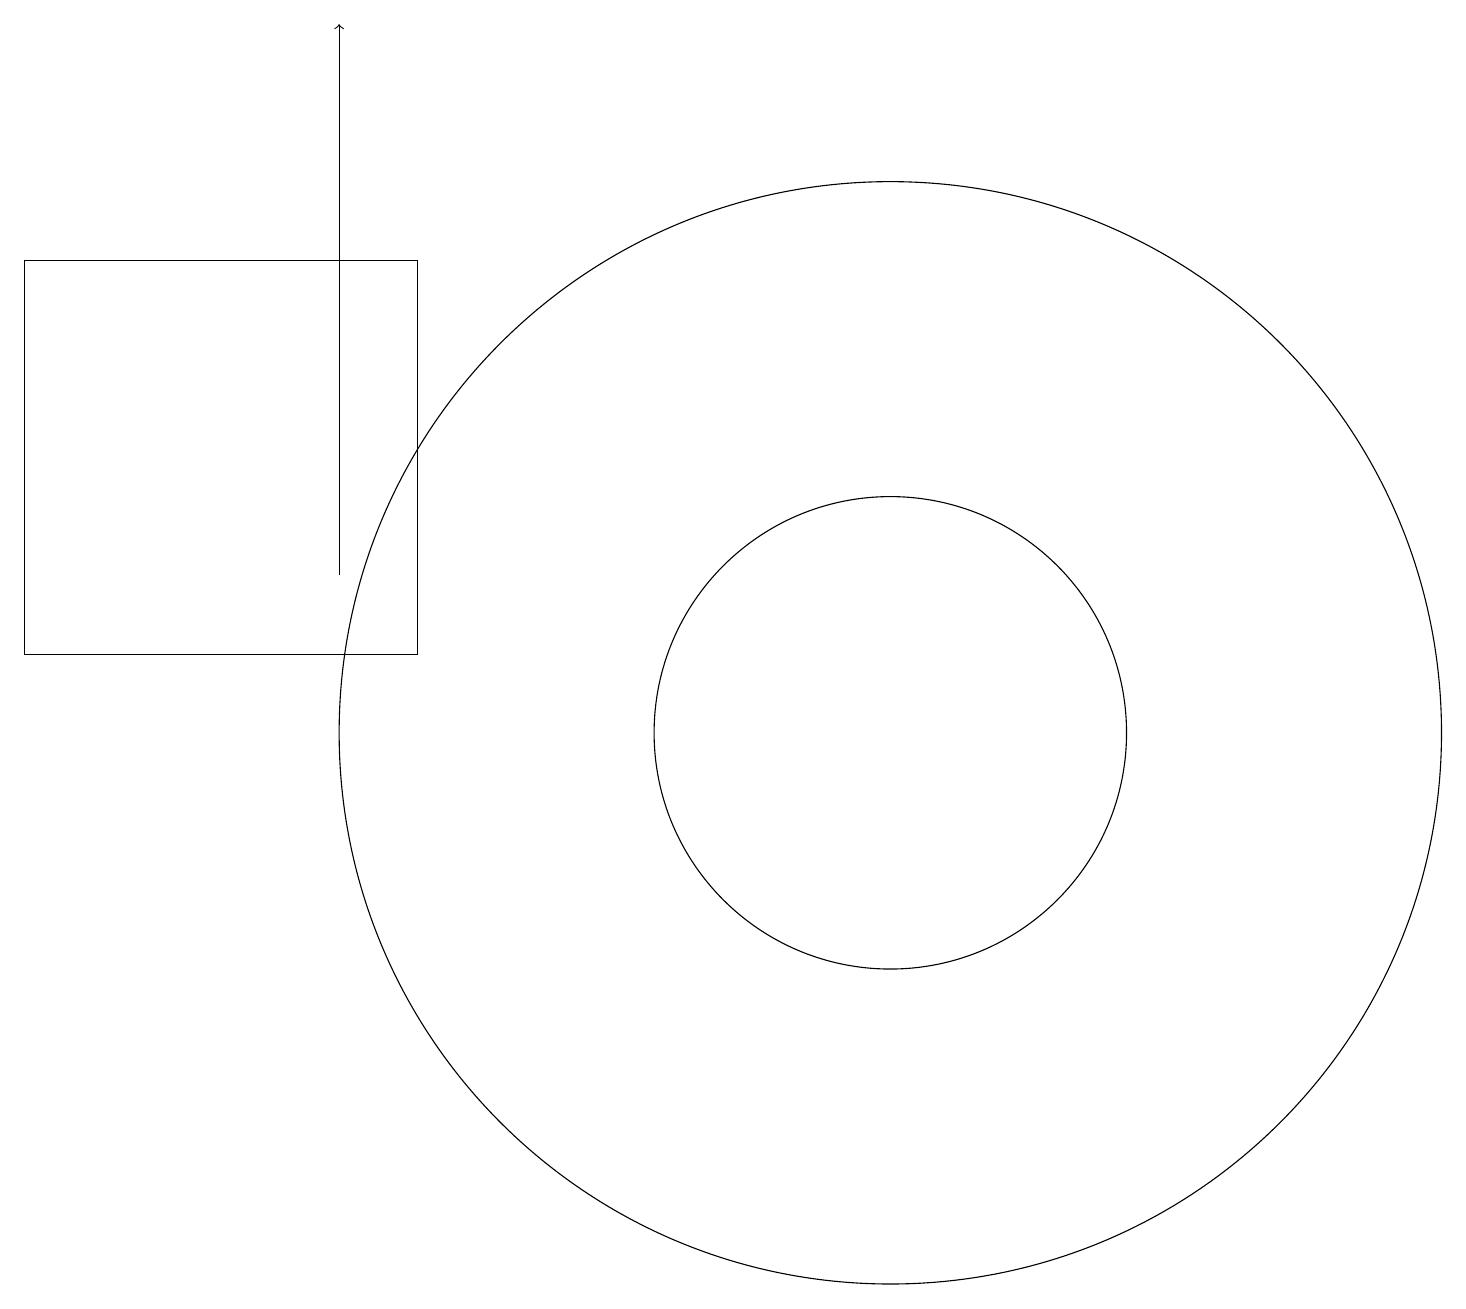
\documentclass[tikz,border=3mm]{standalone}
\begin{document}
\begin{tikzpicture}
\draw (11,10) circle (3);
\draw[->] (4,12) -- (4,19);
\draw (0,11) rectangle (5,16);
\draw (11,10) circle (7);
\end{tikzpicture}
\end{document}